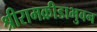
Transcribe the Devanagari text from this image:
श्रीरामक्रीडाभुवन